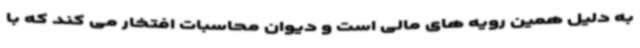
به دلیل همین رویه های مالی است و دیوان محاسبات افتخار می کند که با